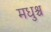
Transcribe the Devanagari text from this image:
मधुश्च